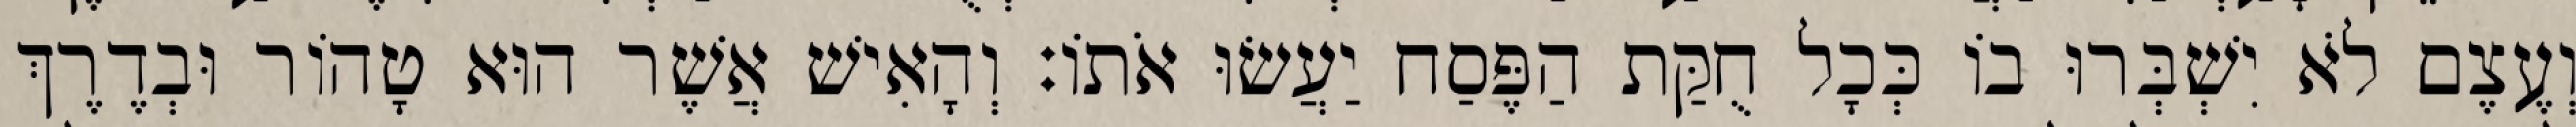
וְעֶצֶם לֹא יִשְׁבְּרוּ בוֹ כְּכָל חֻקַּת הַפֶּסַח יַעֲשׂוּ אֹתוֹ׃ וְהָאִישׁ אֲשֶׁר הוּא טָהוֹר וּבְדֶרֶךְ